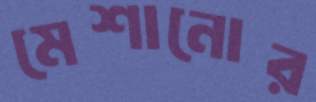
মেশানোর